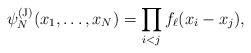
\begin{align*} \psi_N^{(\mathrm{J})}(x_1,\dots,x_N)= \prod_{i<j} f_\ell(x_i-x_j),\end{align*}